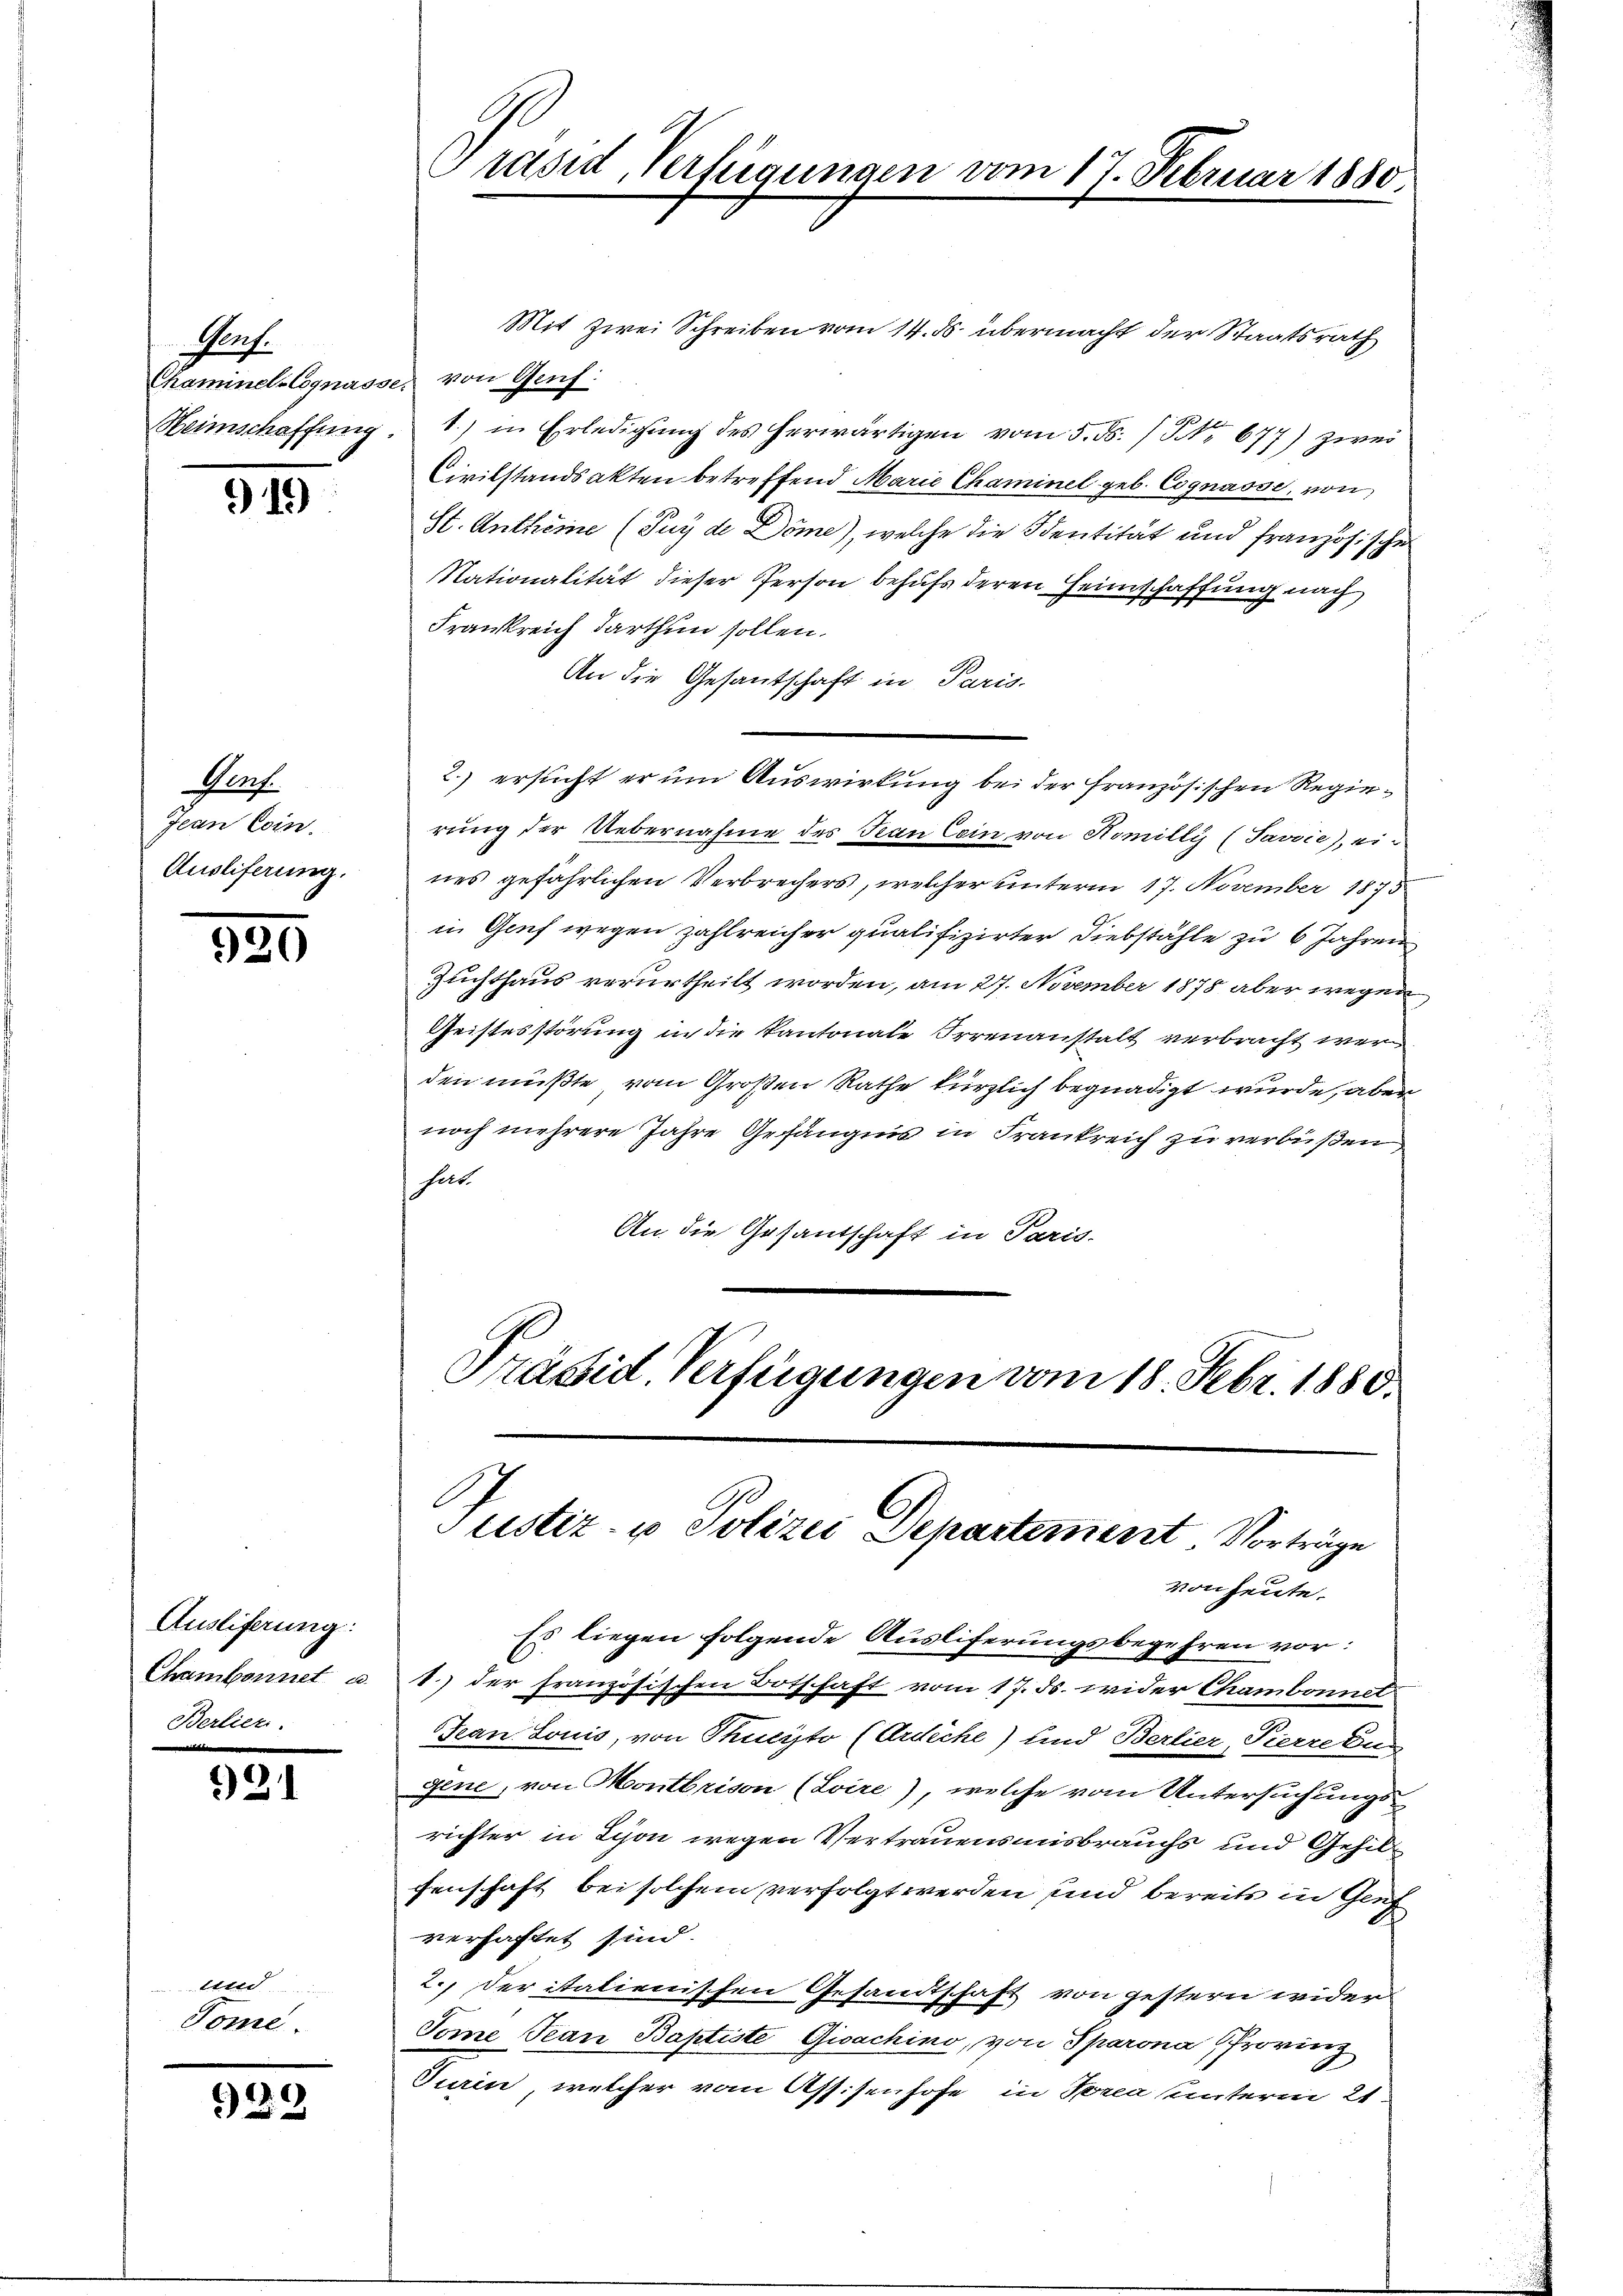
Genf.
Chaminel-Cognasse.
Heimschaffung.

919

Pec
Jean Coin.
Ausliferung.

920

Ausliferung:
Chambonnet u.
Berlier.

921

tt
Tome

929

Grasid, Verfügungen vom 17. Februar 1880.

Mit zwei Schreiben vom 14. ds. übermacht der Staatsrath
 von Genf.
1.) in Erledigung des herwärtigen vom 5. ds. / NNo. 677) zwei
Civilstandsakten betreffend Marie Chaminel geb. Cognasse, von
St. Antheine (Puy de Döme), welche die Identität und französischen
Nationalität dieser Person behufs deren Heimschaffung nach
Frankreich darthun sollen.
An die Gesantschaft in Paris-
2.) ersucht er um Auswirkung bei der Französischen Regierung der Uebernahme des Kan Cein von Homilly (Javvie), ein
nes gefährlichen Verbrechers, welcher unterm 17. November 1875
in Genf wegen zahlreicher qualifizirter Diebstähle zu 6 Jahren
Zuchthaus verurtheilt worden, am 27. November 1878 aber wegen
Geistesstörung in die Kantonale Irrenanstalt verbracht werden müßte, vom Großen Rathe kürzlich begnadigt wurde, aber
noch mehrere Jahre Gefängnis in Frankreich zu verbüßen
hat
An die Gesantschaft in Paris-
Präsid. Verfügungen vom 18. Febr. 1880.

Justiz- u Polizei Departement. Vorträge
von heute.

Es liegen folgende Ausliferungsbegehren vor:
1.) der französischen Botschaft vom 17. ds. wider Chambonnet
Jean Louis, von Thucito (Erdiche) und Berlier, Pierredun
Jene, von Montbrison (Loire), welche vom Untersuchungsrichter in Lyon wegen Vertrauensmisbrauchs und Gehilfenschaft bei solchem verfolgt werden sind bereits in Genf
verhaftet sind.
2.) Der italienischen Gesandtschaft von gestern wider
Tome Tean Baptiste Gioachino, von Sparona (Provinz
Turin, welcher vom Assisenhofe in Torea unterm 21.